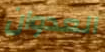
العدوان